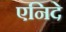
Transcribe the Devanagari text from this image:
एनिदे